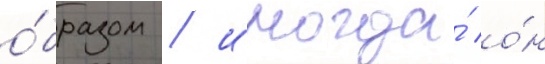
о́бразом / иногда́ о́н